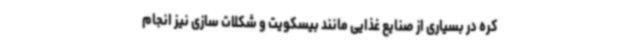
کره در بسیاری از صنایع غذایی مانند بیسکویت و شکلات سازی نیز انجام